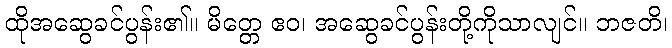
ထိုအဆွေခင်ပွန်း၏။ မိတ္တေ ဧဝ၊ အဆွေခင်ပွန်းတို့ကိုသာလျင်။ ဘဇတိ၊